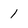
Character: 1